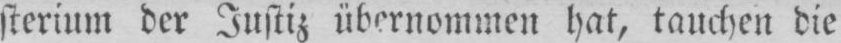
sterium der Justiz übernommen hat, tauchen die